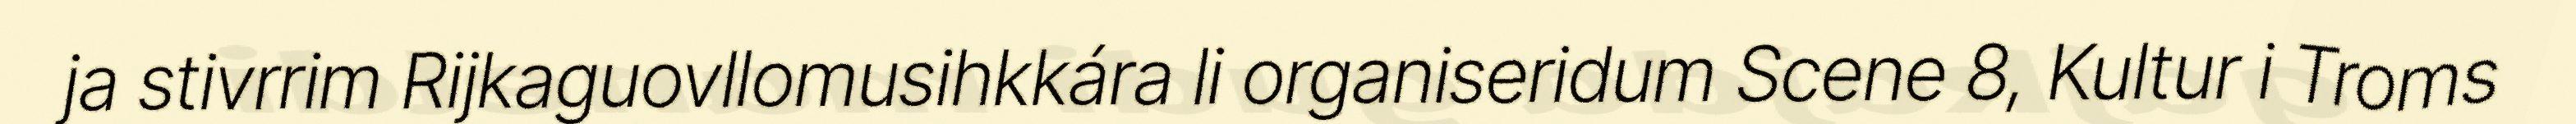
ja stivrrim Rijkaguovllomusihkkára li organiseridum Scene 8, Kultur i Troms